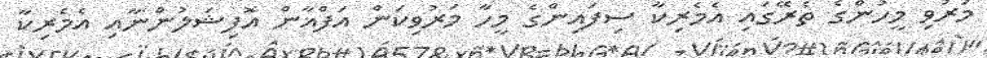
މަރުވި މީހުންގެ ތެރޭގައި އެމެރިކާ ސިފައިންގެ މީހާ މަރުވިކަން އަފްޣާން އޮފިޝަލުންނާއި އެމެރިކާ